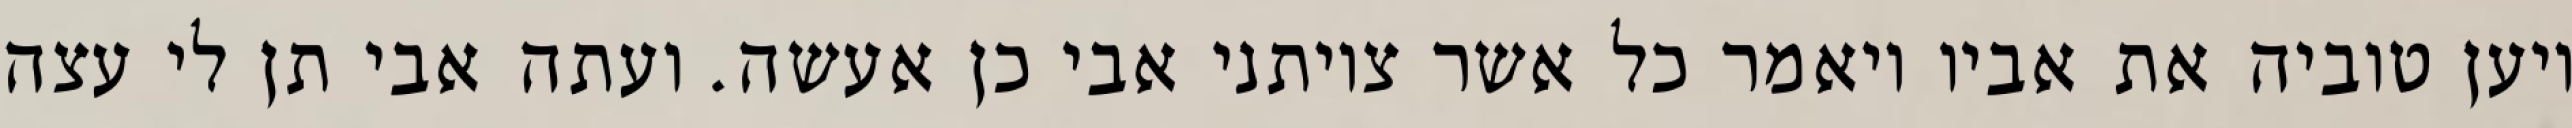
ויען טוביה את אביו ויאמר כל אשר צויתני אבי כן אעשה. ועתה אבי תן לי עצה